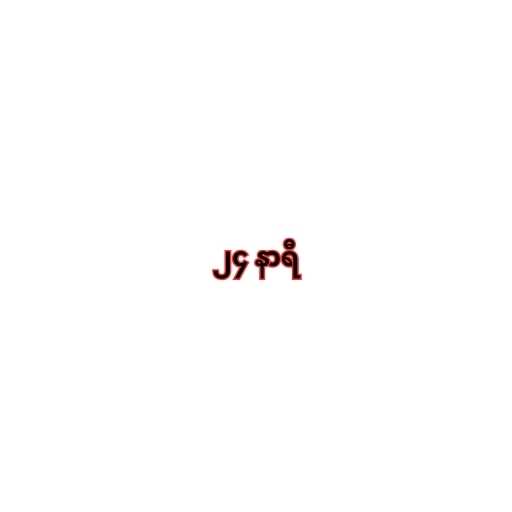
၂၄ နာရီ